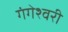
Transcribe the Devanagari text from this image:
गंगेश्वरी